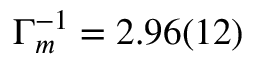
\Gamma _ { m } ^ { - 1 } = 2 . 9 6 ( 1 2 )